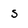
Character: s